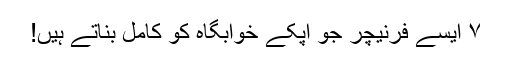
۷ ایسے فرنیچر جو آپکے خوابگاہ کو کامل بناتے ہیں!